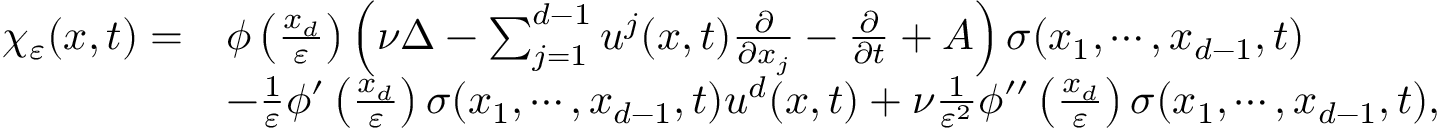
\begin{array} { r l } { \chi _ { \varepsilon } ( x , t ) = } & { \phi \left( \frac { x _ { d } } { \varepsilon } \right) \left( \nu \Delta - \sum _ { j = 1 } ^ { d - 1 } u ^ { j } ( x , t ) \frac { \partial } { \partial x _ { j } } - \frac { \partial } { \partial t } + A \right) \sigma ( x _ { 1 } , \cdots , x _ { d - 1 } , t ) } \\ & { - \frac { 1 } { \varepsilon } \phi ^ { \prime } \left( \frac { x _ { d } } { \varepsilon } \right) \sigma ( x _ { 1 } , \cdots , x _ { d - 1 } , t ) u ^ { d } ( x , t ) + \nu \frac { 1 } { \varepsilon ^ { 2 } } \phi ^ { \prime \prime } \left( \frac { x _ { d } } { \varepsilon } \right) \sigma ( x _ { 1 } , \cdots , x _ { d - 1 } , t ) , } \end{array}